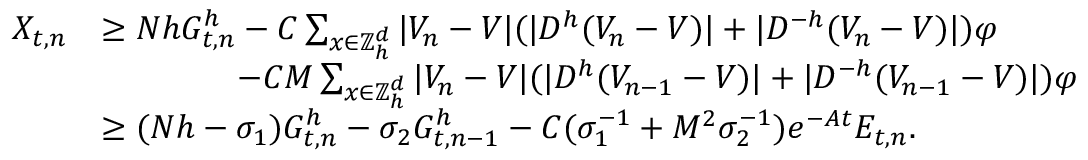
\begin{array} { r l } { X _ { t , n } } & { \geq N h G _ { t , n } ^ { h } - C \sum _ { x \in { \mathbb { Z } } _ { h } ^ { d } } | V _ { n } - V | ( | D ^ { h } ( V _ { n } - V ) | + | D ^ { - h } ( V _ { n } - V ) | ) \varphi } \\ & { \qquad \qquad - C M \sum _ { x \in { \mathbb { Z } } _ { h } ^ { d } } | V _ { n } - V | ( | D ^ { h } ( V _ { n - 1 } - V ) | + | D ^ { - h } ( V _ { n - 1 } - V ) | ) \varphi } \\ & { \geq ( N h - \sigma _ { 1 } ) G _ { t , n } ^ { h } - \sigma _ { 2 } G _ { t , n - 1 } ^ { h } - C ( \sigma _ { 1 } ^ { - 1 } + M ^ { 2 } \sigma _ { 2 } ^ { - 1 } ) e ^ { - A t } E _ { t , n } . } \end{array}